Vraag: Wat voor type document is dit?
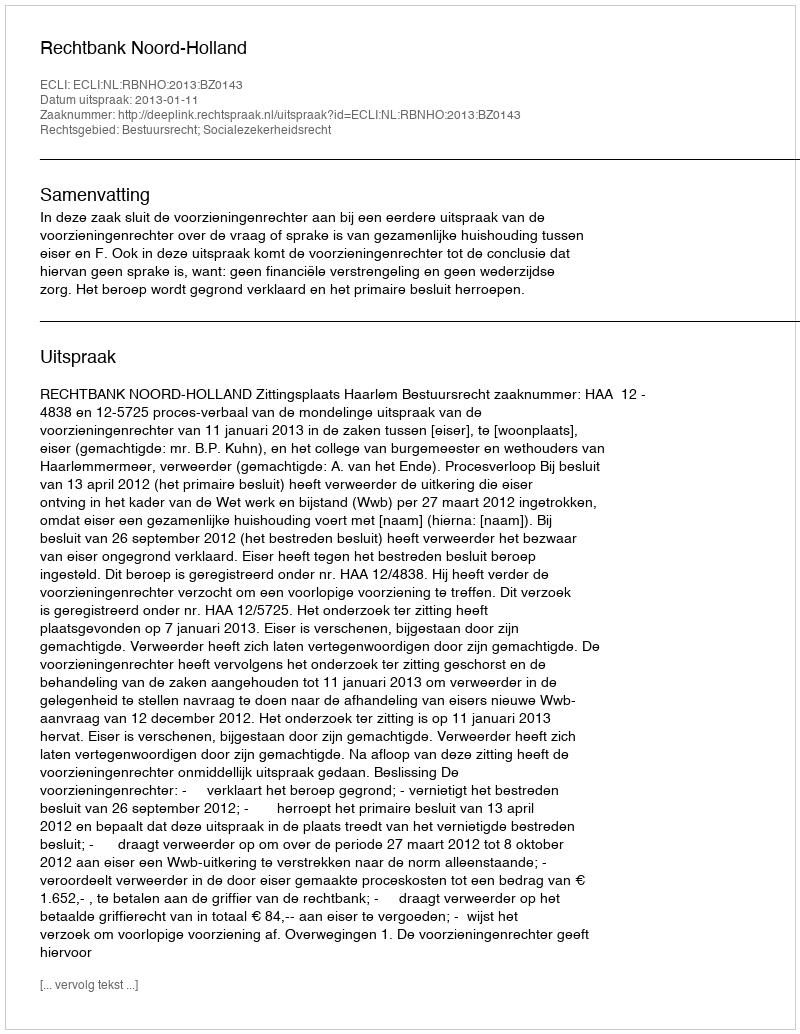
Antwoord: Uitspraak